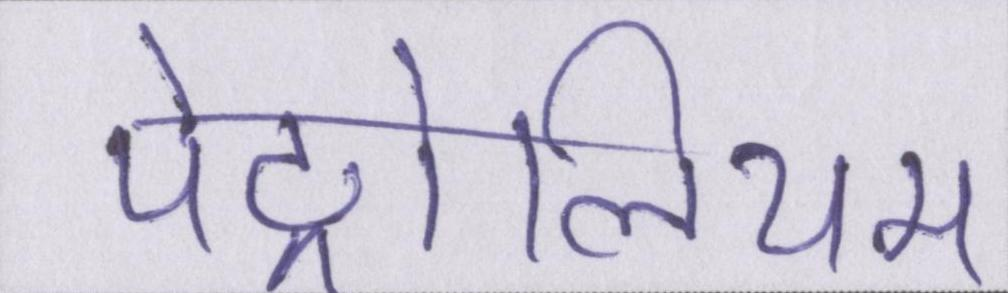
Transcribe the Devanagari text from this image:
पेट्रोलियम